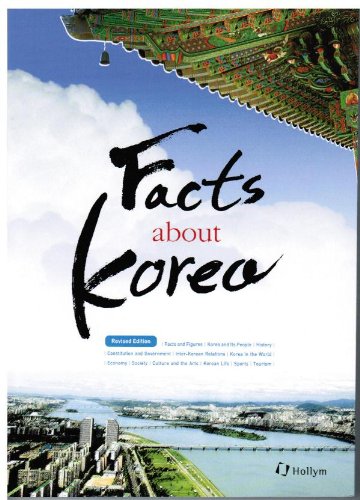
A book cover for Facts about Korea; Korean Culture and Information Service; Travel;